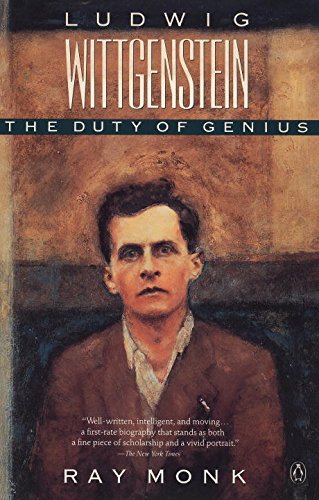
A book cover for Ludwig Wittgenstein: The Duty of Genius; Ray Monk; Biographies & Memoirs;